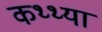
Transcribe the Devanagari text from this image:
कथ्थ्या